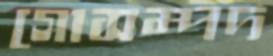
গোসম্পদ